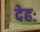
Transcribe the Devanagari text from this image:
देहः